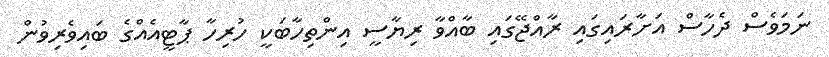
ނަމަވެސް ދެހާސް އަށާރައިގައި ރާއްޖޭގައި ބާއްވާ ރިޔާސީ އިންތިހާބަކީ ހުރިހާ ޕާޓީއެއްގެ ބައިވެރިވުން